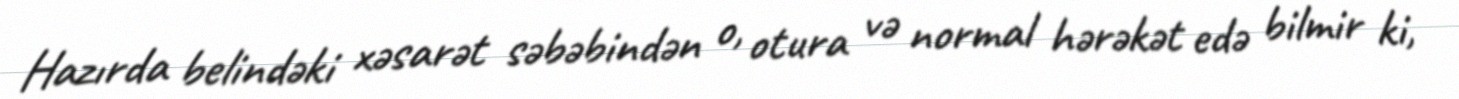
Hazırda belindəki xəsarət səbəbindən o, otura və normal hərəkət edə bilmir ki,